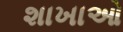
શાખાઓ